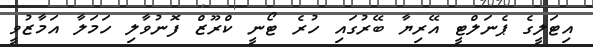
އިޓަލީގެ ޕެނަލްޓީ އޭރިޔާ ބޭރުގައި ހުރެ ޓޯނީ ކްރޫޒް ފޮނުވާލި ހަމަލާ އަމާޒުވީ